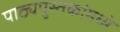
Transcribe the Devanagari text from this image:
पाठ्यपुस्तकांमध्ये